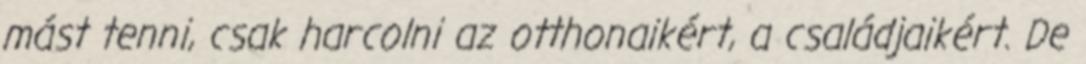
mást tenni, csak harcolni az otthonaikért, a családjaikért. De